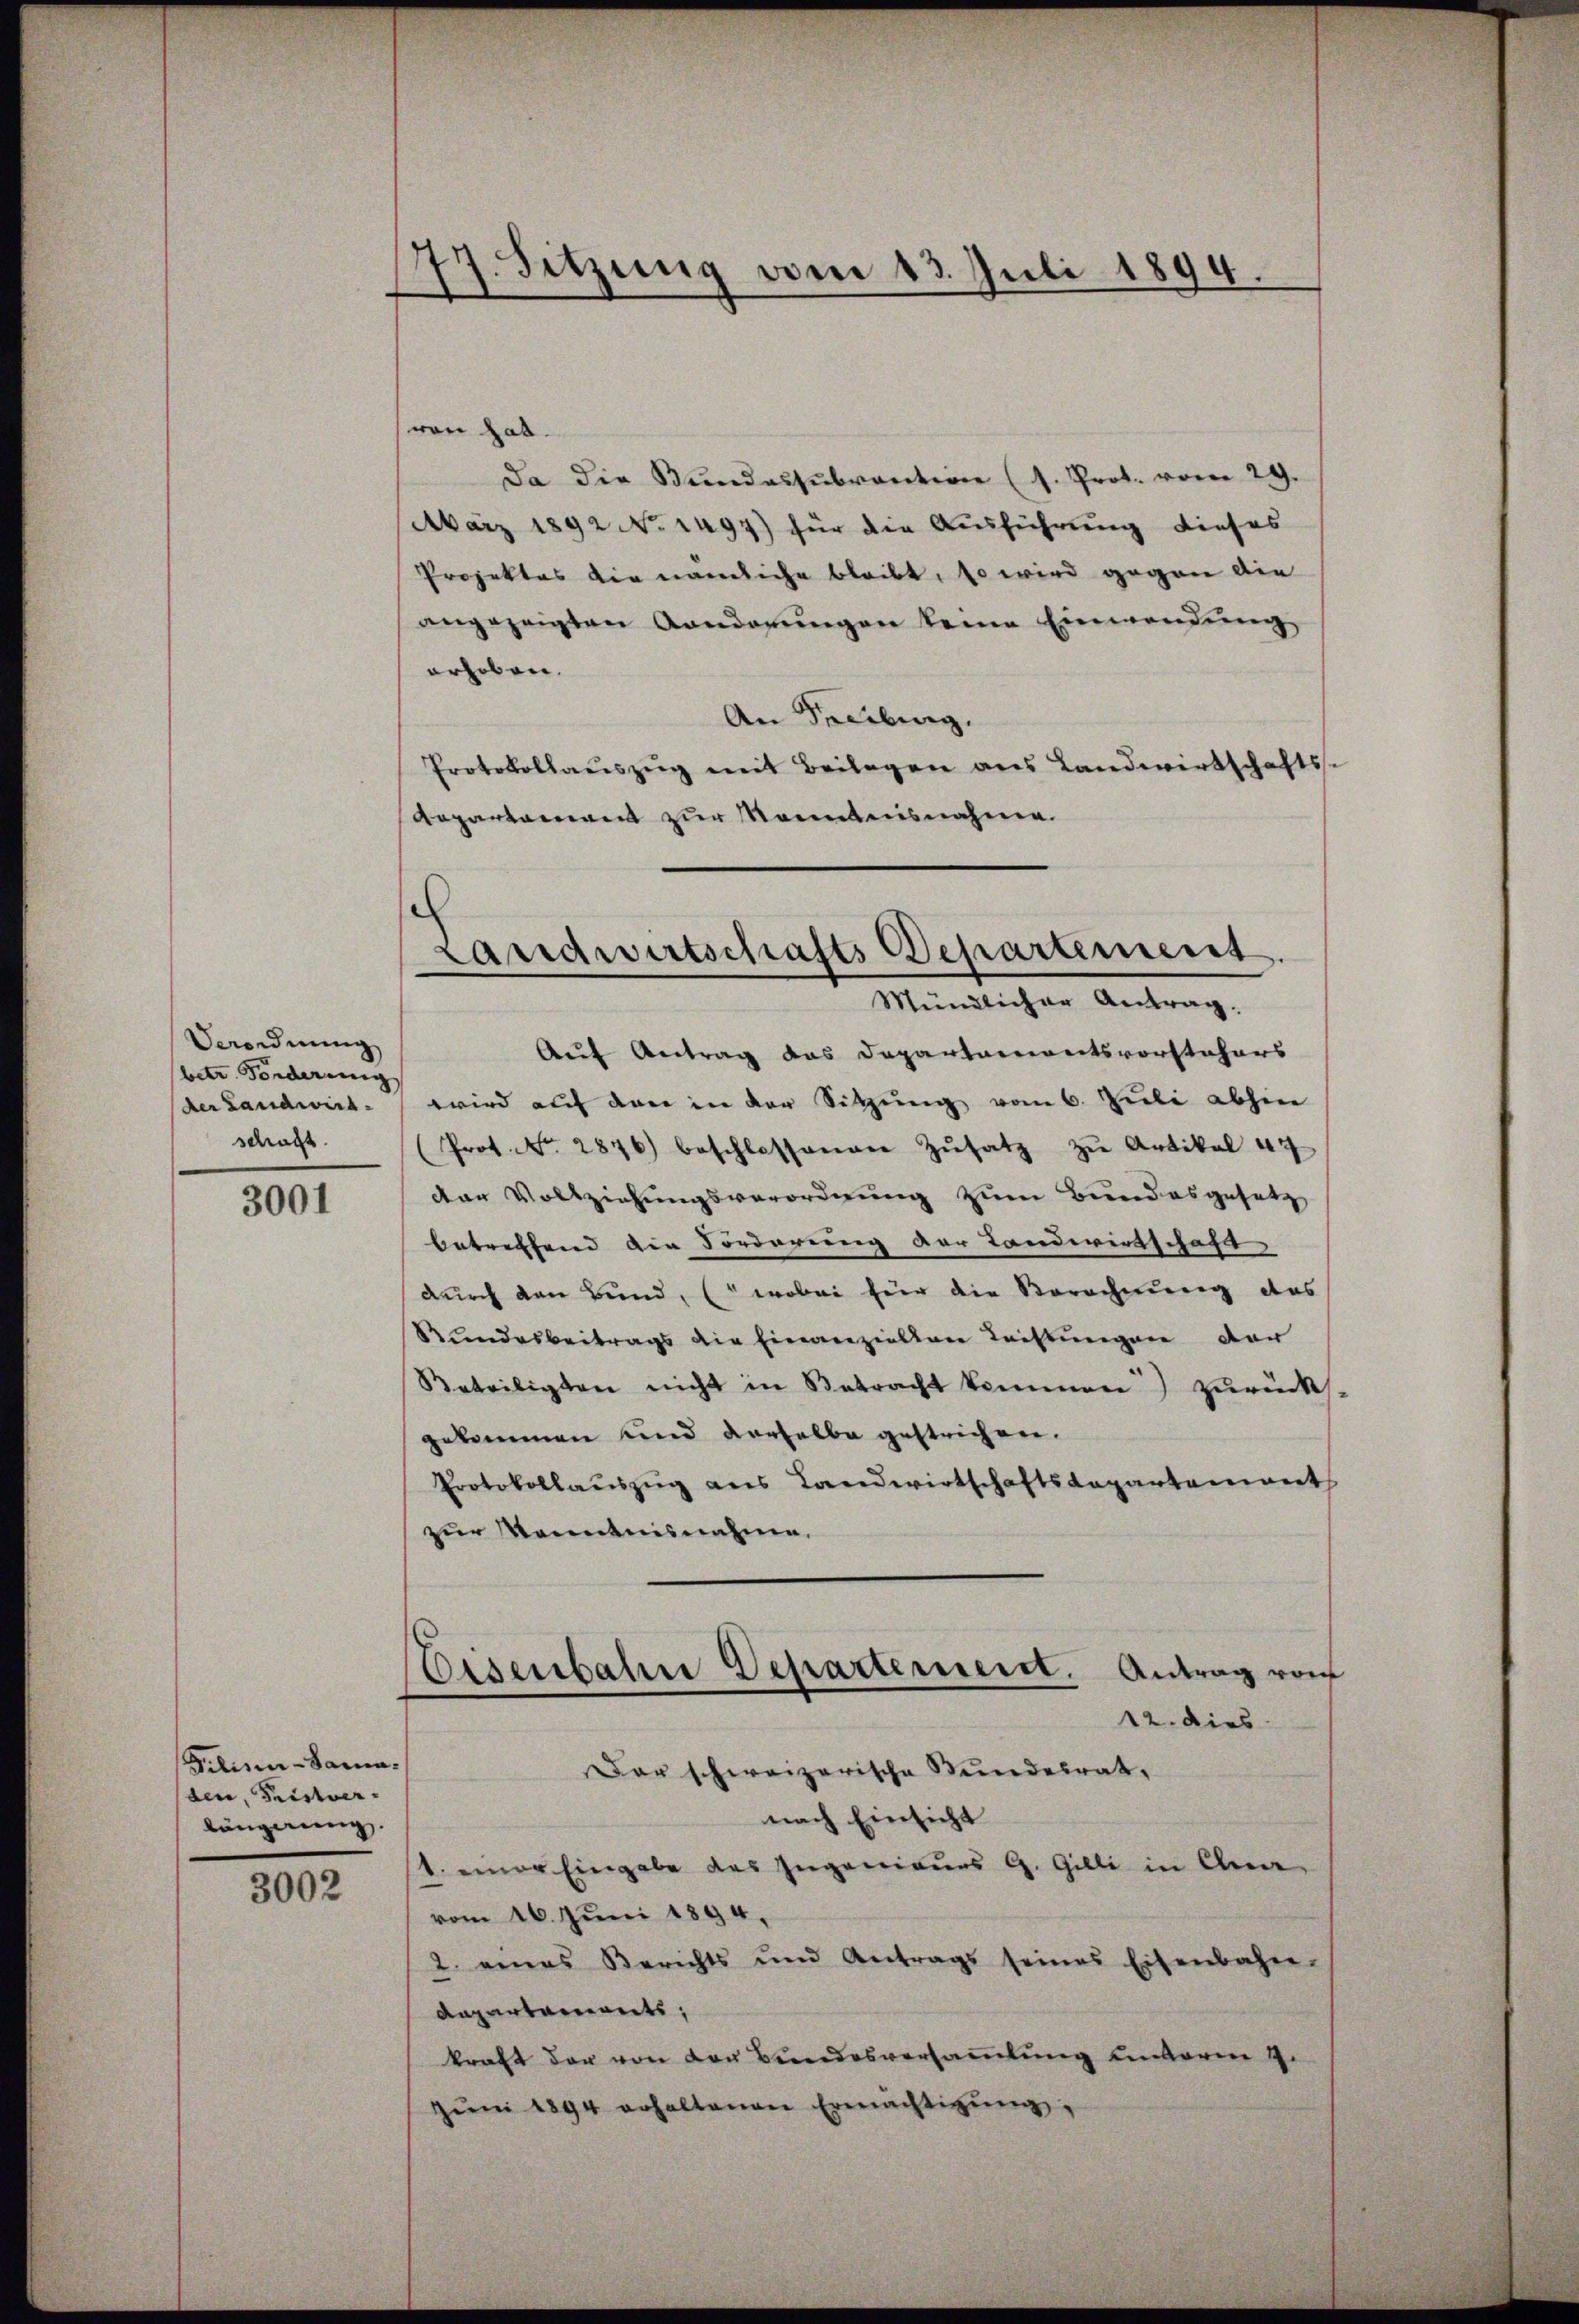
Verordnung
betr. Forderung
der Landwirt
schaft

3001

Filisier-Sama-
den, Fristverlängerung

3002

77. Sitzung vom 13. Juli 1894.

von hat
Da die Bŭndessubvention (s. Prot. vom 29.
März 1892 No. 1497) für die Ausführung dieses
Projektes die nämliche bleibt, so wird gegen die
angezeigten Aenderungen keine Einwendung
erhoben.
An Freibung.
Protokollaŭszŭg mit Beilagen aus Landwirtschafts-
Repartement zur Manntnisnahme.

Landwirtschafts Departement
Mündlicher Antrag.

Auf Antrag das Departanereitsvorstehers
wird auf den in der Sitzung vom 6. Juli abhin
Prot. No. 2876) beschlossenger Zŭsatz zŭ Artikal 47
van Vollziehungsverordnung zum Bundesgesetz
betreffend die Forderung der Landwirtschaft
durch den Bund, wobei für die Berechnung das
Rundesbeitrags die Einverzielen Leistungen der
Beteiligten nicht in Betracht kommen) zurück
gekommen und derselbe gestrichen.
Protokollauszug aus Landwirtschaftsdepartement
zur Kenntnisnahme.

Eisenbahne Departement. Antrag vom
12. dies

Dar schweizerische Stundesrat,
nach Einsicht
1. einer Eingabe des Ingenieurs G. Gilli in Aner
vom 16. Juni 1894.
2. eines Berichts und Antrags seines Eisenbahn-
Repartements,
kraft der von der Bundesversammlung unterm 4.
Jŭni 1894 erhaltenen Ermächtigŭng.